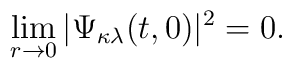
\lim_{r\rightarrow 0}|\Psi_{\kappa\lambda}(t,0)|^2 = 0.